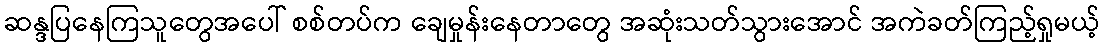
ဆန္ဒပြနေကြသူတွေအပေါ် စစ်တပ်က ချေမှုန်းနေတာတွေ အဆုံးသတ်သွားအောင် အကဲခတ်ကြည့်ရှုမယ့်